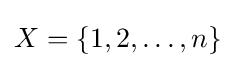
X=\lbrace 1,2,\dots ,n\rbrace